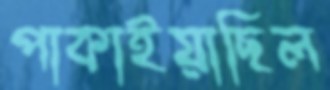
পাকাইয়াছিল